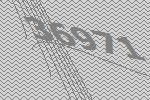
36971